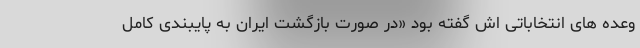
وعده های انتخاباتی اش گفته بود «در صورت بازگشت ایران به پایبندی کامل